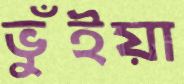
ভুঁইয়া